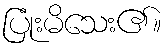
ပြုံးမိသေး၏။